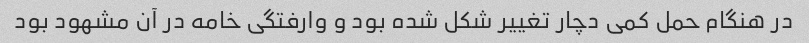
در هنگام حمل کمی دچار تغییر شکل شده بود و وارفتگی خامه در آن مشهود بود